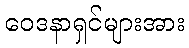
ဝေဒနာရှင်များအား